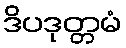
ဒိပဒုတ္တမံ